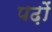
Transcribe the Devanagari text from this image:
पढ़ों